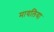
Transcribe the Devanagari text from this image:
मायलिया